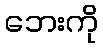
ဘေးကို